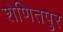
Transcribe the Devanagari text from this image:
शेणितपुर